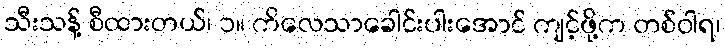
သီးသန့် စီထားတယ်၊ ၁။ ကိလေသာခေါင်းပါးအောင် ကျင့်ဖို့က တစ်ဝါရ၊